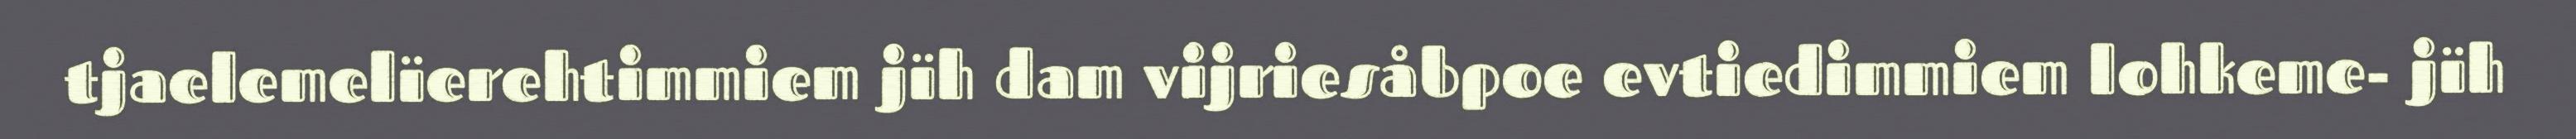
tjaelemelïerehtimmiem jïh dam vijriesåbpoe evtiedimmiem lohkeme- jïh